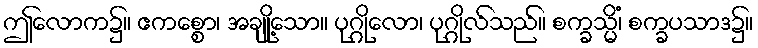
ဤလောက၌။ ဧကစ္စော၊ အချို့သော။ ပုဂ္ဂိုလော၊ ပုဂ္ဂိုလ်သည်။ စက္ခသ္မိံ၊ စက္ခပသာဒ၌။